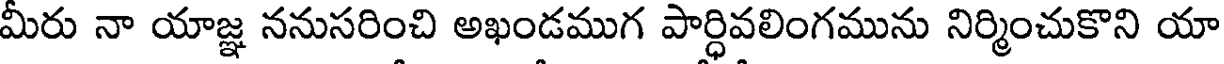
మీరు నా యాజ్ఞ ననుసరించి అఖండముగ పార్ధివలింగమును నిర్మించుకొని యా